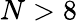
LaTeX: N>8